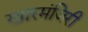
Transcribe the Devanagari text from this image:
खारमंजिरी